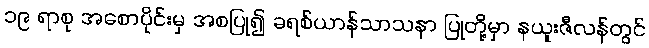
၁၉ ရာစု အစောပိုင်းမှ အစပြု၍ ခရစ်ယာန်သာသနာ ပြုတို့မှာ နယူးဇီလန်တွင်